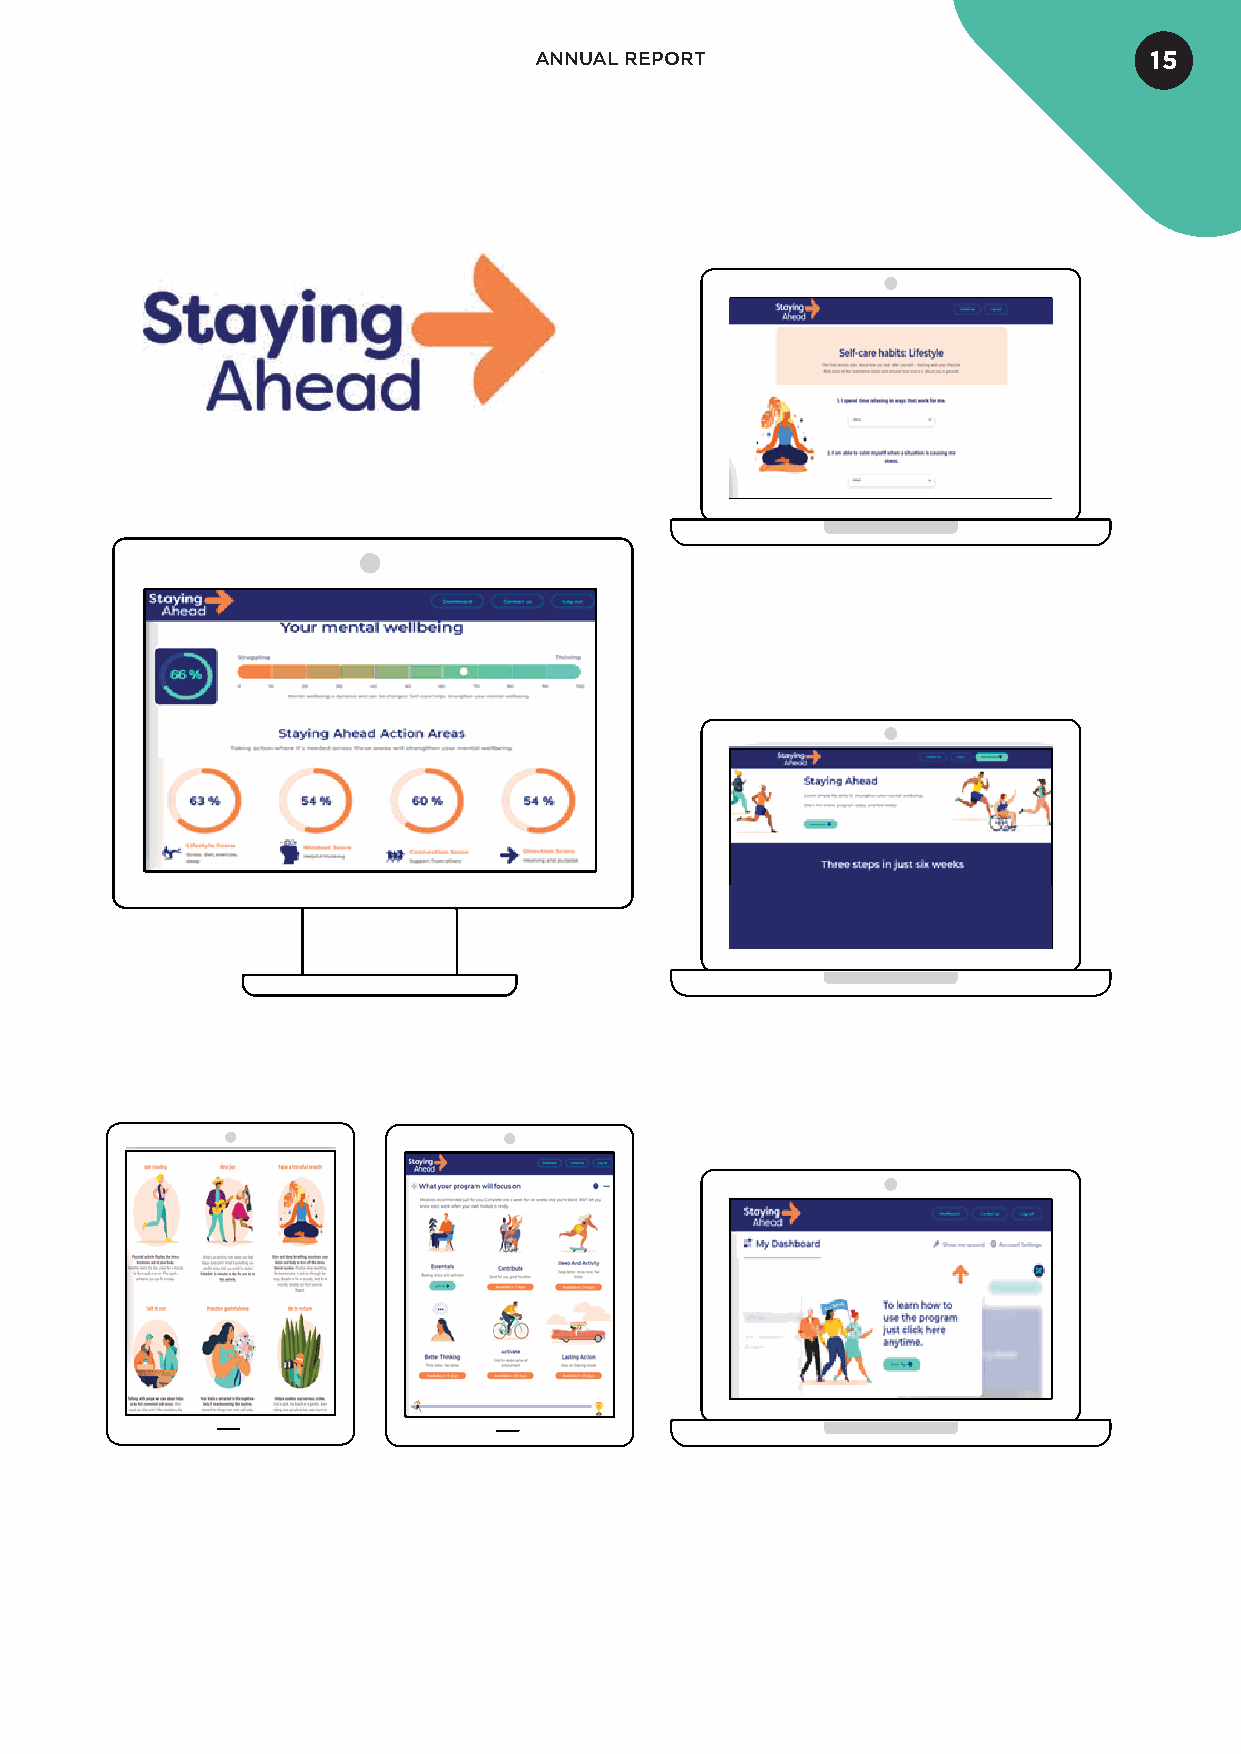
ANNUAL REPORT                            15